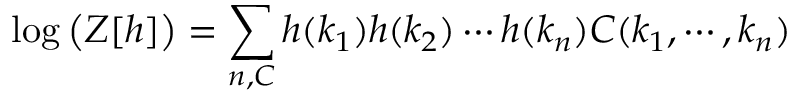
\log { \big ( } Z [ h ] { \big ) } = \sum _ { n , C } h ( k _ { 1 } ) h ( k _ { 2 } ) \cdots h ( k _ { n } ) C ( k _ { 1 } , \cdots , k _ { n } )